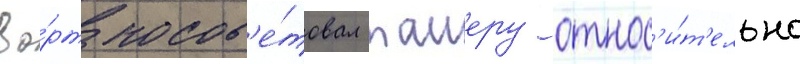
Во́рт посов'е́товал таиеру относ'и́т'ельно